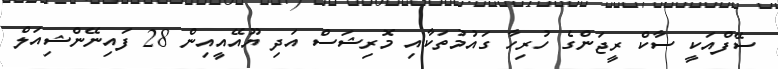
ސޭފްއަކީ ސާކް ރީޖަންގެ ހުރިހާ ގައުމުތަކާއި މޮރިޝަސް އަދި ޔޫއޭއީއިން 28 ފައިނޭންޝިއަލް